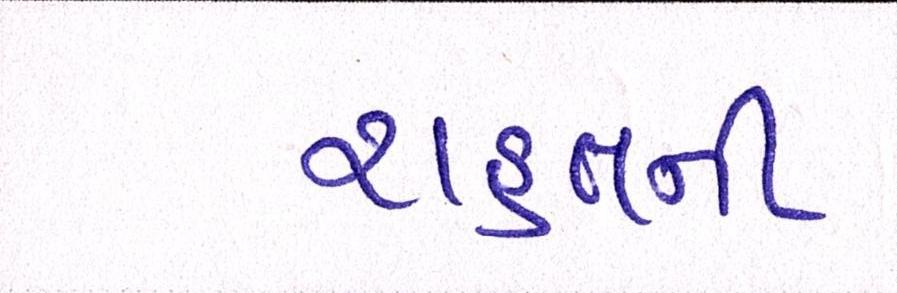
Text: રાહતની